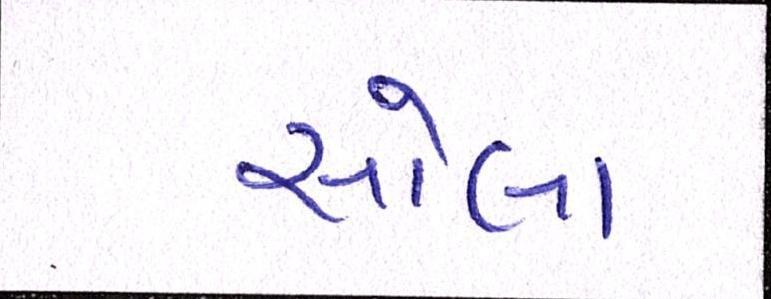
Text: સોલા